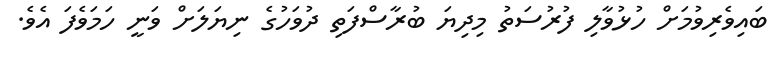
ބައިވެރިވުމަށް ހުޅުވާލި ފުރުސަތު މިދިޔަ ބުރާސްފަތި ދުވަހުގެ ނިޔަލަށް ވަނީ ހަމަވެފަ އެވެ.